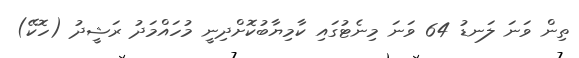
ތިން ވަނަ ލަނޑު 64 ވަނަ މިނެޓުގައި ކާމިޔާބުކޮށްދިނީ މުހައްމަދު ރަޝީދު (ހޮކޭ)